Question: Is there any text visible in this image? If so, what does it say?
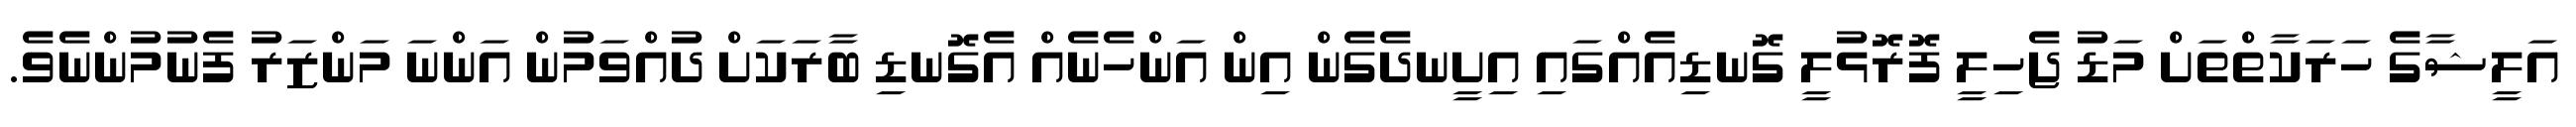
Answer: އަލީޝާގެ ހަރަކާތްތަށް މަޑު ޖެހިލީ ފޮރޮޅުލީ ގޮނޑިއެއްގައި އިށީނދެގެން އިން އަންހެނެއް އެގޮނޑި ބާރަކަށް ދުއްވަމުން އަންނަ މަންޒަރު ފެނުމުންނެވެ.